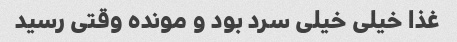
غذا خیلی خیلی سرد بود و مونده وقتی رسید